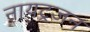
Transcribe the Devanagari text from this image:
नायट्रजन